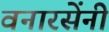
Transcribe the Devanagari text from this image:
वनारसेंनी